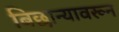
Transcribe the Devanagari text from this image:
बिछान्यावरून